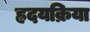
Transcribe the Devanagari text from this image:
ह्रदयक्रिया